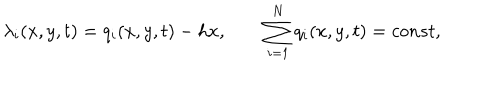
\lambda _ { i } ( x , y , t ) = q _ { i } ( x , y , t ) - h x , \qquad \sum _ { i = 1 } ^ { N } q _ { i } ( x , y , t ) = c o n s t ,